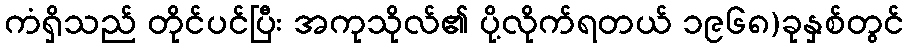
ကံရှိသည် တိုင်ပင်ပြီး အကုသိုလ်၏ ပို့လိုက်ရတယ် ၁၉၆၈)ခုနှစ်တွင်